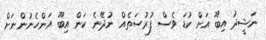
ނަޝީދު އިބޫ އަށް ކުޑަ ވެސް ފުރުސަތެއް ނުދޭނެ ކަން އިބޫ އަންހެނުންނަށް